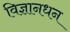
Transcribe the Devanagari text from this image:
विज्ञानधन